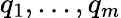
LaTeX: q_{1},...,q_{m}